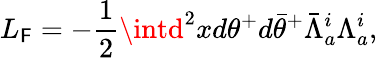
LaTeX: L_{\mathsf{F}}=-\frac{{1}}{{2}}\intd^{2}xd\theta^{+}d{\bar{{\theta}}}^{+}{\bar{{\Lambda}}}_{a}^{i}\Lambda_{a}^{i},